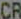
CR